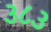
૩૮૩